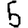
Digit: 5